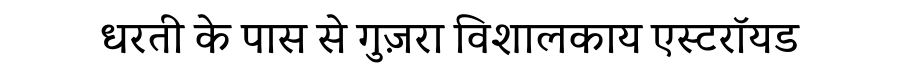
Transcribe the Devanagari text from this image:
धरती के पास से गुज़रा विशालकाय एस्टरॉयड